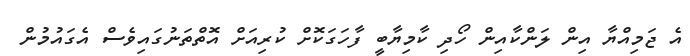
އެ ޖަމިއްޔާ އިން ލަންކާއިން ހޯދި ކާމިޔާބީ ފާހަގަކޮށް ކުރިއަށް އޮތްތަނުގައިވެސް އެގައުމުން